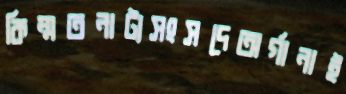
কিম্মতনাট্যসংসদেঅর্গানাই